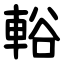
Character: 輍